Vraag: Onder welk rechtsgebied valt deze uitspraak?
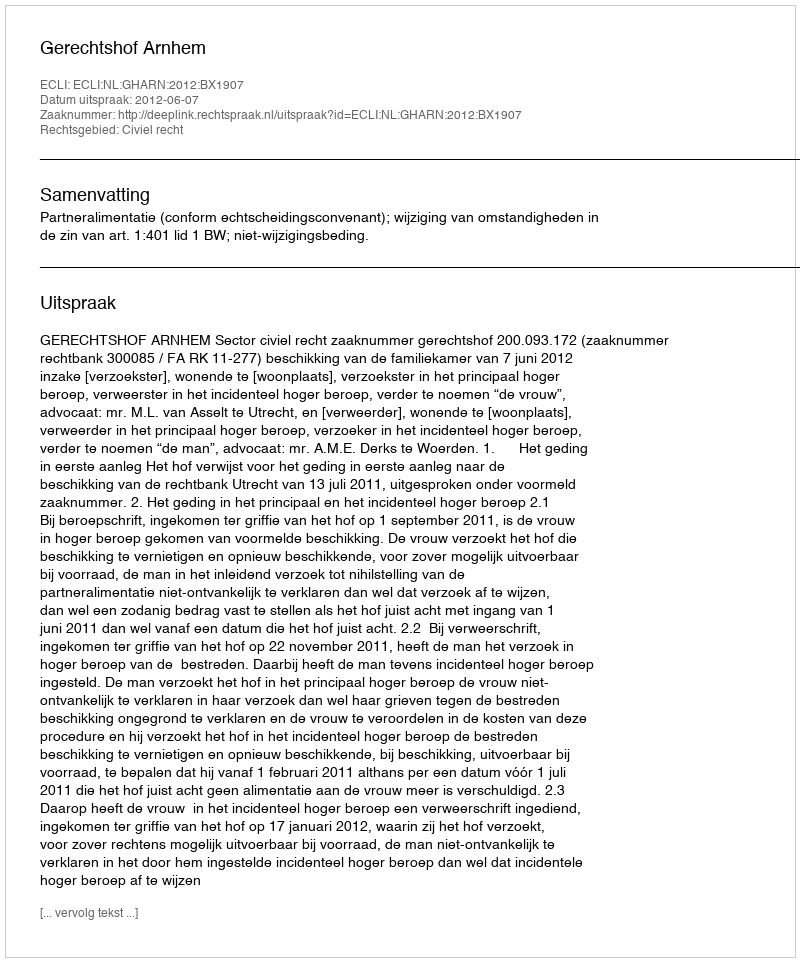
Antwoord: Civiel recht